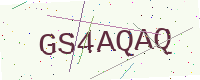
Text: GS4AQAQ